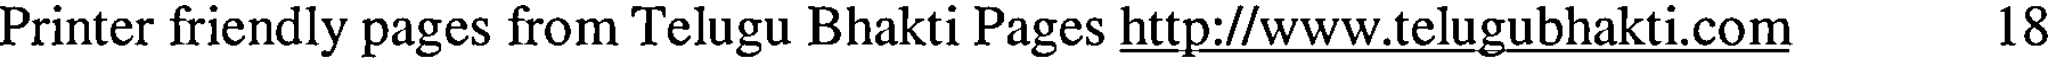
Printer friendly pages from Telugu Bhakti Pages http://www.telugubhakti.com 18